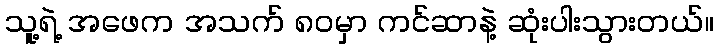
သူ့ရဲ့ အဖေက အသက် ၈၀မှာ ကင်ဆာနဲ့ ဆုံးပါးသွားတယ်။